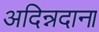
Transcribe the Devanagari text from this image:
अदिन्नदाना